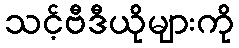
သင့်ဗီဒီယိုများကို